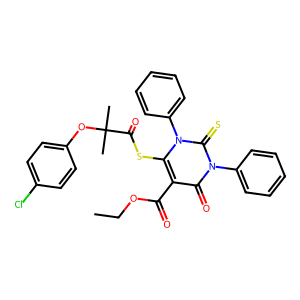
SMILES: CCOC(=O)c1c(SC(=O)C(C)(C)Oc2ccc(Cl)cc2)n(-c2ccccc2)c(=S)n(-c2ccccc2)c1=O
Inhibits HIV replication: No